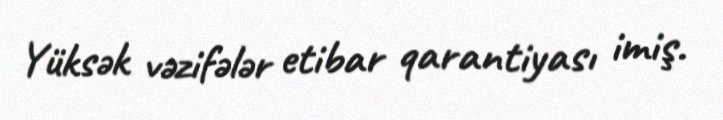
Yüksək vəzifələr etibar qarantiyası imiş.